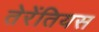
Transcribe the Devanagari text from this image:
तेरेंतियस